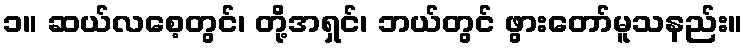
၁။ ဆယ်လစေ့တွင်၊ တို့အရှင်၊ ဘယ်တွင် ဖွားတော်မူသနည်း။